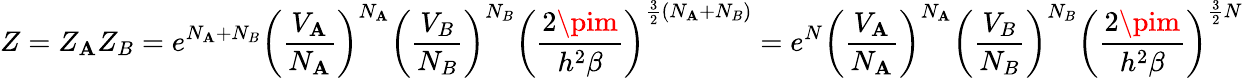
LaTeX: Z=Z_{\mathbf{A}}Z_{B}=e^{N_{\mathbf{A}}+N_{B}}\left(\frac{{V_{\mathbf{A}}}}{{N_{\mathbf{A}}}}\right)^{N_{\mathbf{A}}}\left(\frac{{V_{B}}}{{N_{B}}}\right)^{N_{B}}\left(\frac{{2\pim}}{{h^{2}\beta}}\right)^{\frac{3}{2}(N_{\mathbf{A}}+N_{B})}=e^{N}\left(\frac{{V_{\mathbf{A}}}}{{N_{\mathbf{A}}}}\right)^{N_{\mathbf{A}}}\left(\frac{{V_{B}}}{{N_{B}}}\right)^{N_{B}}\left(\frac{{2\pim}}{{h^{2}\beta}}\right)^{\frac{3}{2}N}